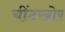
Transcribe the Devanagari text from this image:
चींटखोर